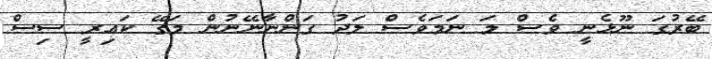
ބޭރުގަ ނޫޅެނީ ވެސް މަ ނަމަވެސް ލަދު ގަންނާނޭނުން މަގޭ ކައިރީ ސިސް